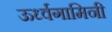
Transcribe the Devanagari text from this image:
ऊर्ध्वगामिनी